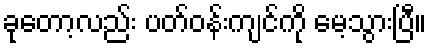
ခုတော့လည်း ပတ်ဝန်းကျင်ကို မေ့သွားပြီ။